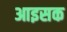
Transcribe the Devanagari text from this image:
आइसक